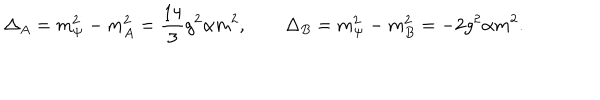
\Delta _ { A } = m _ { \Psi } ^ { 2 } - m _ { A } ^ { 2 } = \frac { 1 4 } { 3 } g ^ { 2 } \alpha m ^ { 2 } , \qquad \Delta _ { B } = m _ { \Psi } ^ { 2 } - m _ { B } ^ { 2 } = - 2 g ^ { 2 } \alpha m ^ { 2 } .